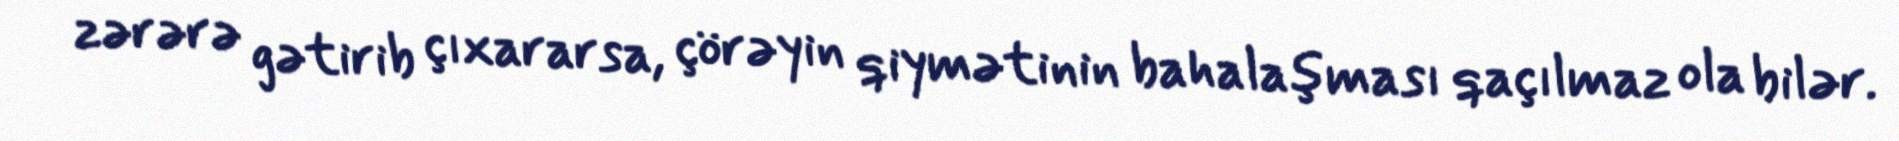
zərərə gətirib çıxararsa, çörəyin qiymətinin bahalaşması qaçılmaz ola bilər.